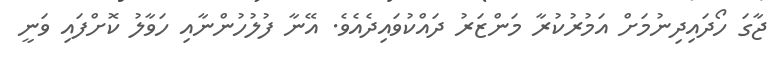
ޖާގަ ހޯދައިދިނުމަށް އަމުރުކުރާ މަންޒަރު ދައްކުވައިދެއެވެ. އޭނާ ފުލުހުންނާއި ހަވާލު ކޮށްފައި ވަނީ